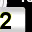
Digit: 2